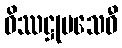
ဝိဿဋ္ဌုပသေဝီ